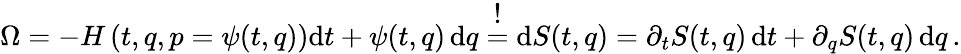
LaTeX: \Omega=-H\left(t,q,p=\psi(t,q)\right){\mathrm{d}}t+\psi(t,q)\, \mathrm{d}q\stackrel{\textstyle!}{=}\mathrm{d}S(t,q)=\partial_{t}S(t,q)\, \mathrm{d}t+\partial_{q}S(t,q)\, \mathrm{d}q\, .